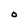
Character: O